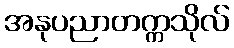
အနုပညာတက္ကသိုလ်